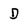
Character: D